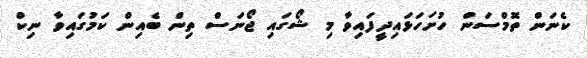
ކެނަން ތޮމްސަން ހުށަހަޅައިދީފައިވާ މި ޝޯގައި ޖޯނަސް ތިން ބެއިން ކަމުގައިވާ ނިކް